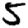
Digit: 5